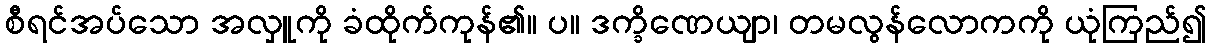
စီရင်အပ်သော အလှူကို ခံထိုက်ကုန်၏။ ပ။ ဒက္ခိဏေယျာ၊ တမလွန်လောကကို ယုံကြည်၍